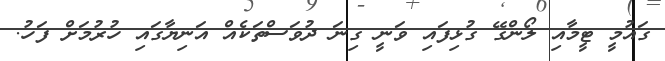
ގައުމީ ޓީމާއި ލޯންގޭ ގުޅިފައި ވަނީ ގިނަ ދުވަސްތަކެއް އަނިޔާގައި ހުރުމަށް ފަހު.